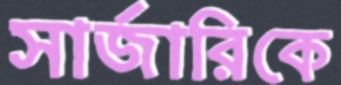
সার্জারিকে